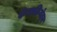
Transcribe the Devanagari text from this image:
फेरप्रक्रियेतून